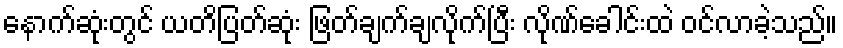
နောက်ဆုံးတွင် ယတိပြတ်ဆုံး ဖြတ်ချက်ချလိုက်ပြီး လိုဏ်ခေါင်းထဲ ဝင်လာခဲ့သည်။